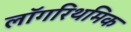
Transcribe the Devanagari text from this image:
लॉगरिथमिक